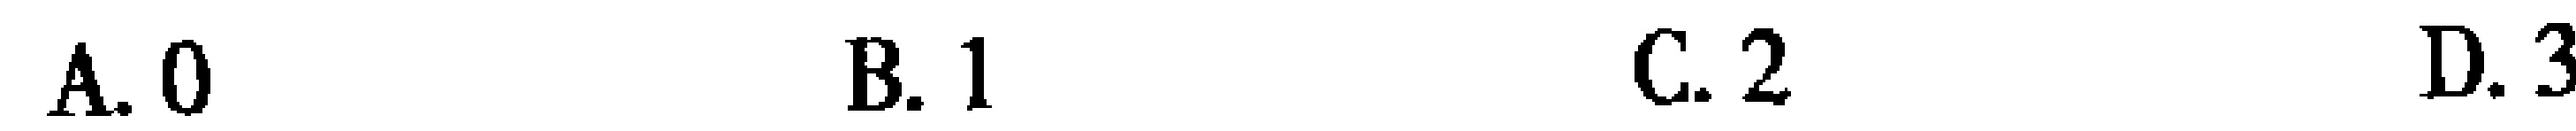
A. 0 \quad B. 1 \quad C. 2 \quad D. 3